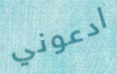
ادعوني